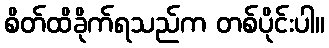
စိတ်ထိခိုက်ရသည်က တစ်ပိုင်းပါ။